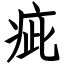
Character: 疵